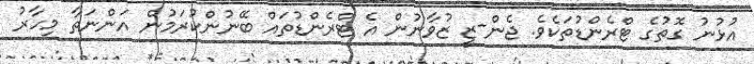
އުޅުނު ގޮތުގެ ޓްރެންޑުތަކެވެ. ޖެން-ޒީ ޒުވާނުން އެ ޓްރެންޑުތައް ބޭނުންކުރަމުން އަންނަތާ މިހާރު